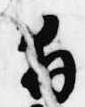
拝